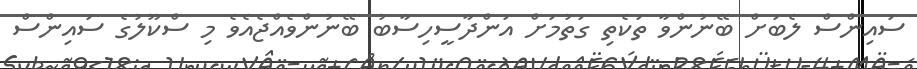
ސައިންސް ލެބަށް ބޭނުންވާ ތަކެތި ގަތުމަށް އަންދާސީހިސާބު ބޭނުންވެއްޖެއެވެ މި ސްކޫލުގެ ސައިންސް